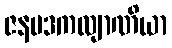
ဇနပဒကလျာဏိယာ